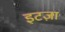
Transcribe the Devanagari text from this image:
इटज़ा